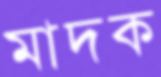
মাদক